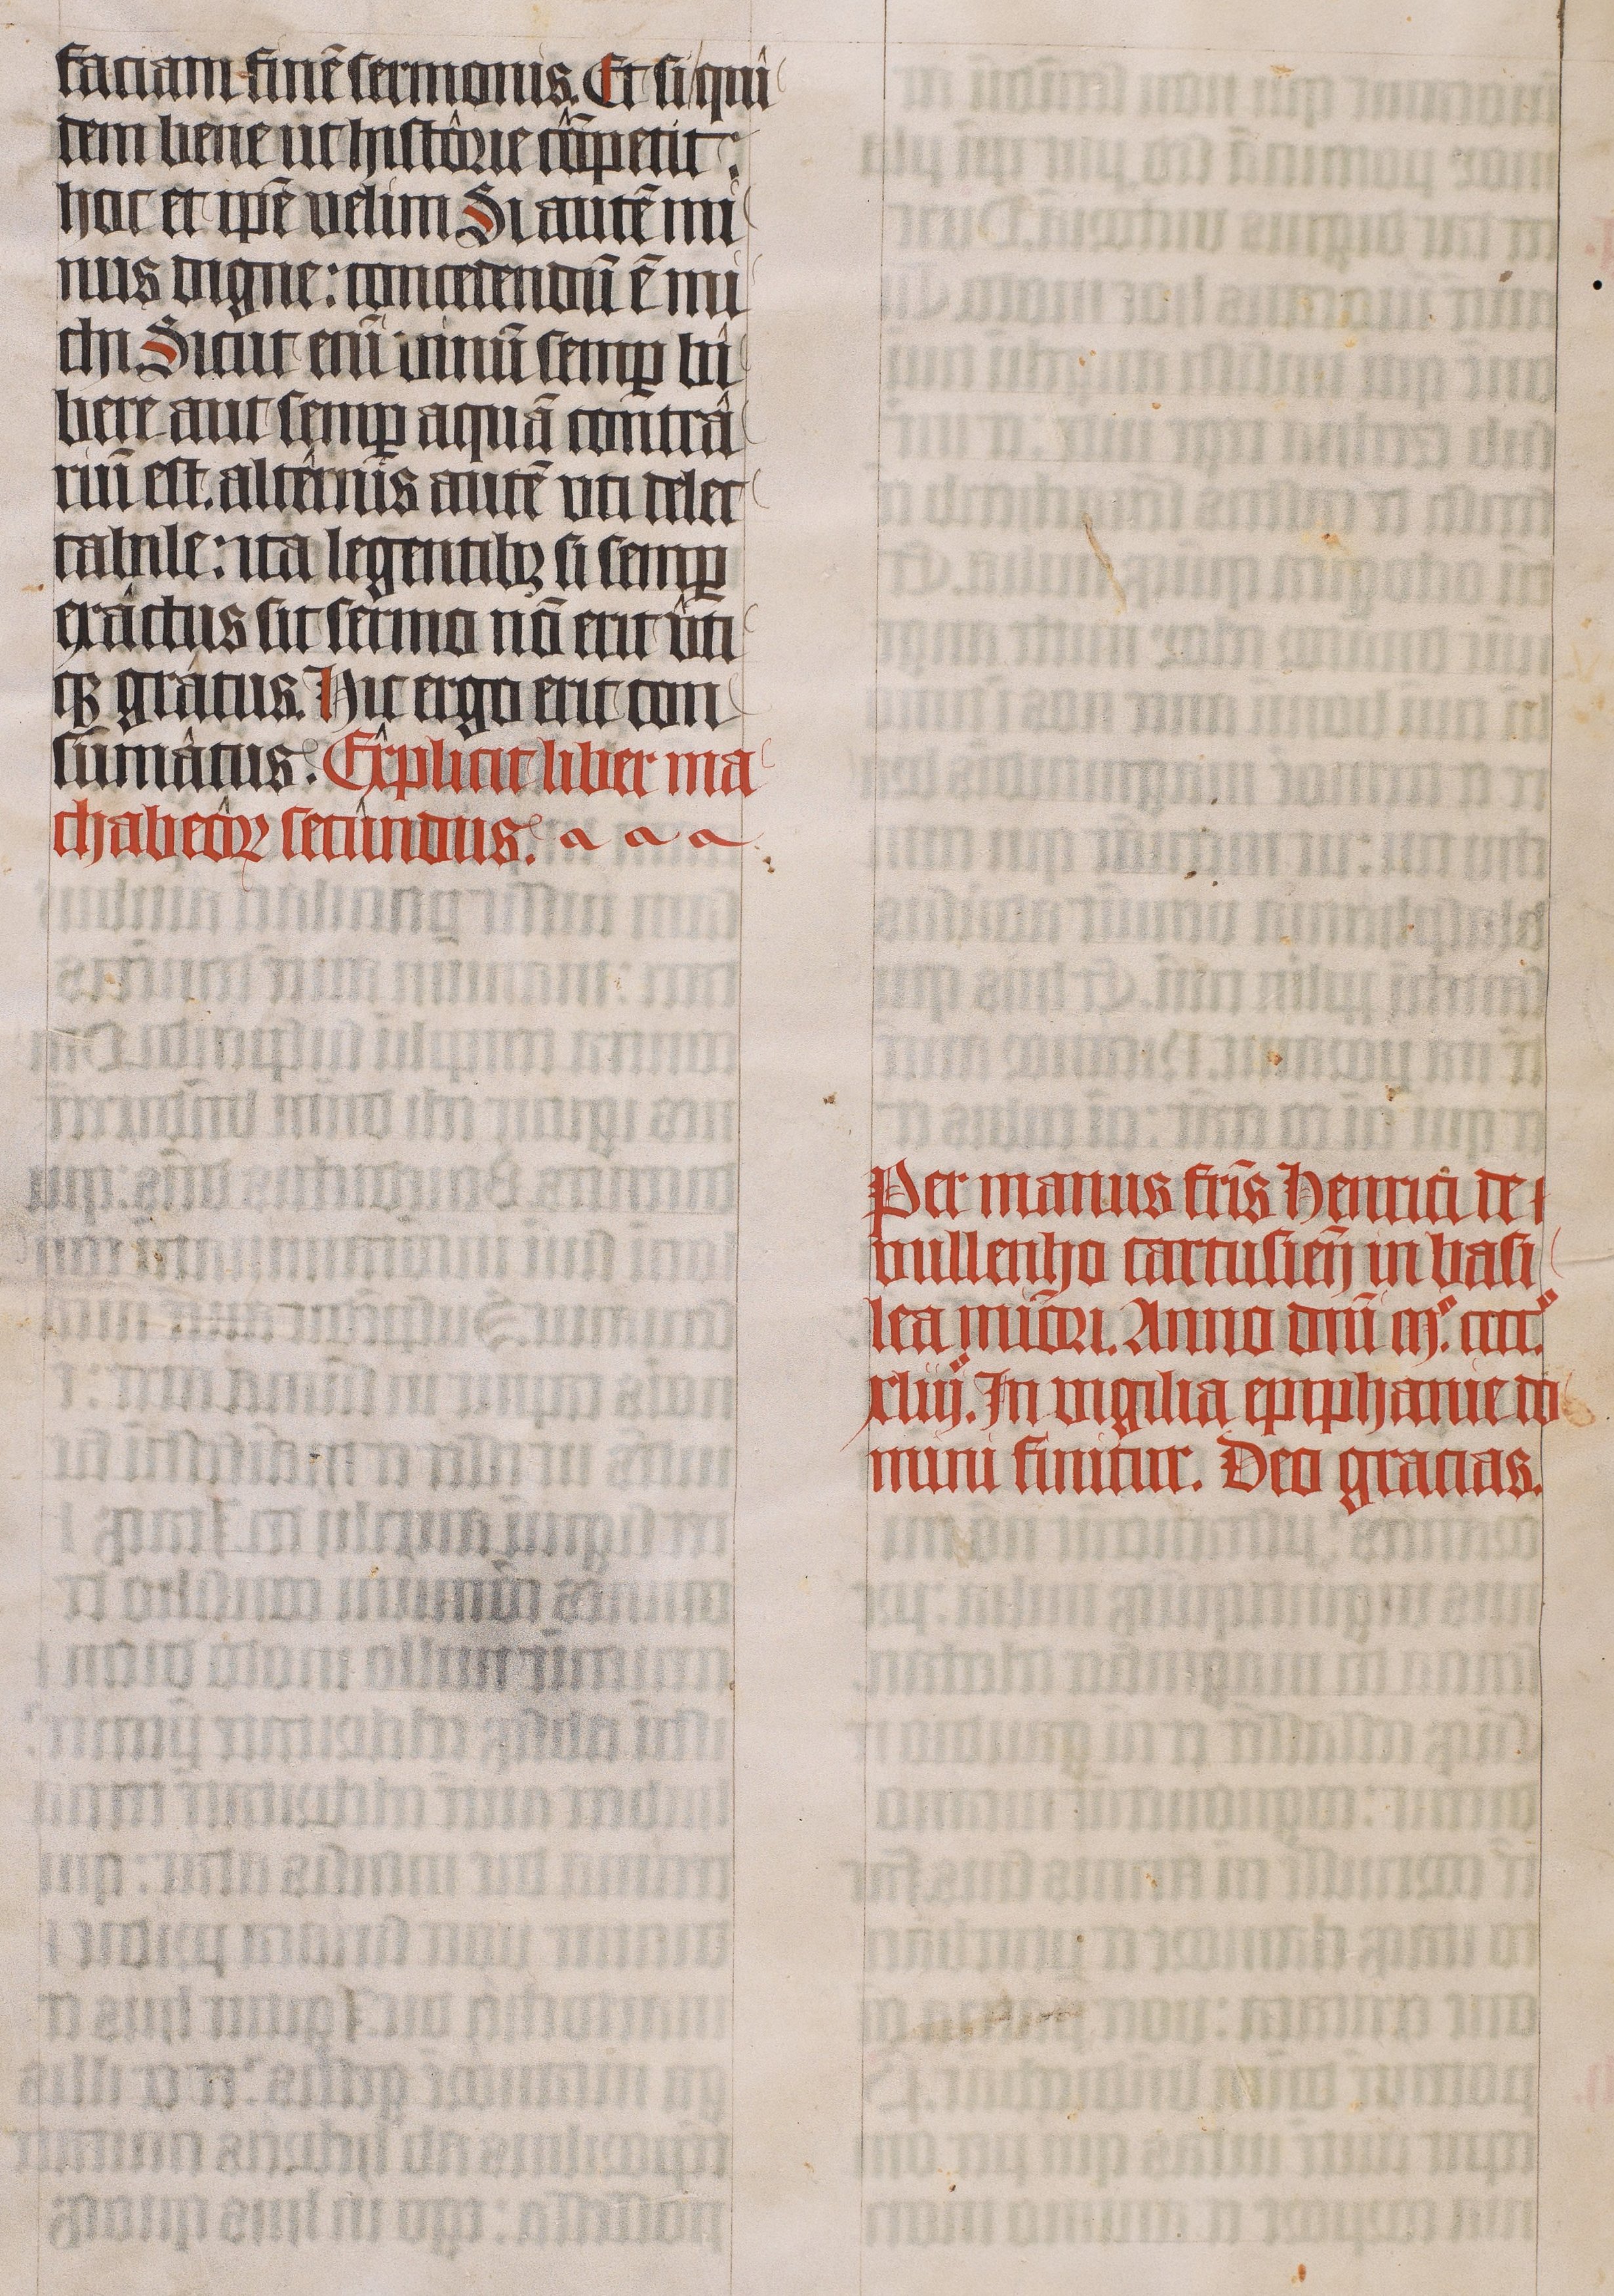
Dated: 1443–1443